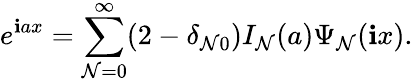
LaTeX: e^{\mathbf{i}ax}=\sum_{\mathcal{N}=0}^{\infty}(2-\delta_{\mathcal{N}0})I_{\mathcal{N}}(a)\Psi_{\mathcal{N}}(\mathbf{i}x).